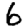
Digit: 6